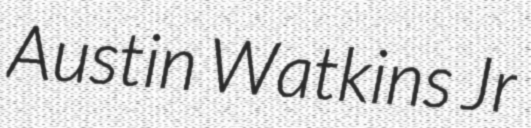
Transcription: Austin Watkins Jr